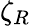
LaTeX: \zeta_{R}